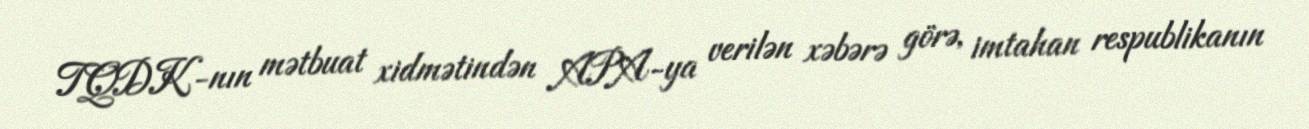
TQDK-nın mətbuat xidmətindən APA-ya verilən xəbərə görə, imtahan respublikanın